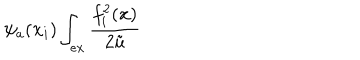
\psi _ { a } ( \mathbf { x } _ { i } ) \int _ { e x } \frac { f _ { i } ^ { 2 } ( \mathbf { x } ) } { 2 \tilde { u } }